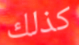
كذلك